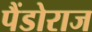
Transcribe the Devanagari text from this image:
पैंडोराज